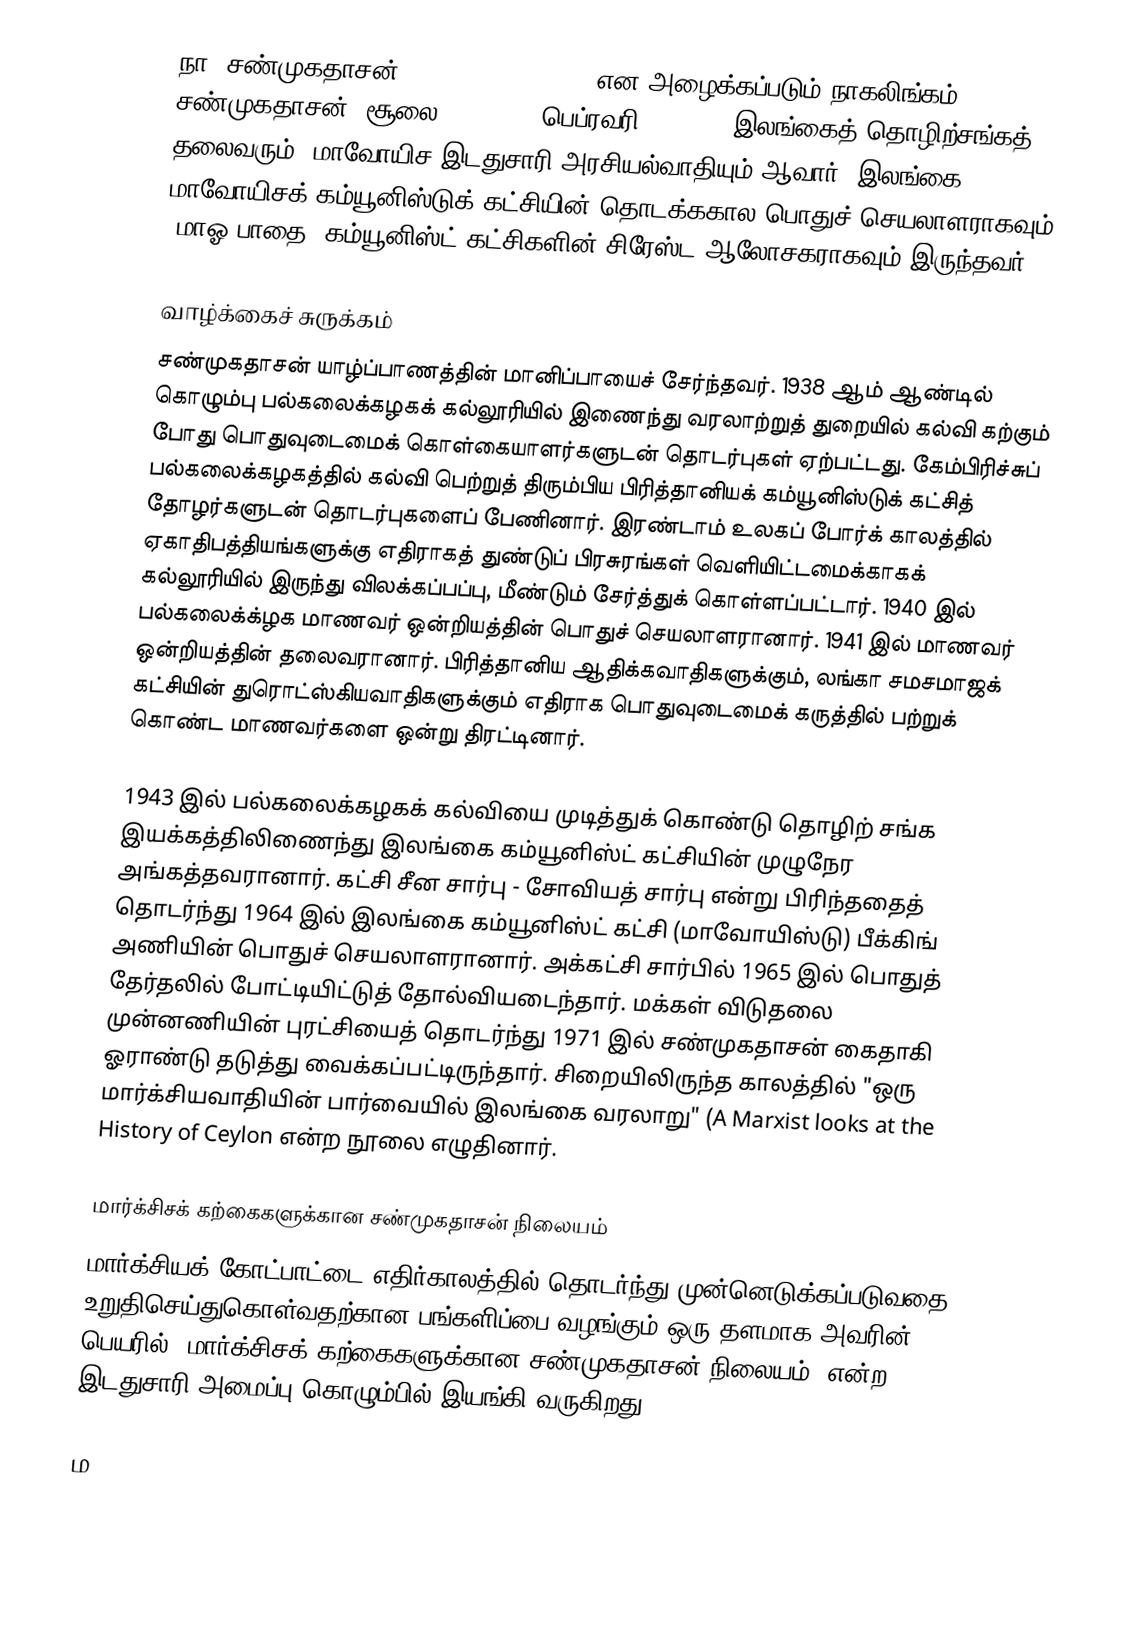
நா. சண்முகதாசன் (N. Shanmugathasan) என அழைக்கப்படும் நாகலிங்கம் சண்முகதாசன் (சூலை 3, 1920 – பெப்ரவரி 8, 1993) இலங்கைத் தொழிற்சங்கத் தலைவரும், மாவோயிச இடதுசாரி அரசியல்வாதியும் ஆவார். இலங்கை மாவோயிசக் கம்யூனிஸ்டுக் கட்சியின் தொடக்ககால பொதுச் செயலாளராகவும், "மாஓ பாதை" கம்யூனிஸ்ட் கட்சிகளின் சிரேஸ்ட ஆலோசகராகவும் இருந்தவர்.

வாழ்க்கைச் சுருக்கம்
சண்முகதாசன் யாழ்ப்பாணத்தின் மானிப்பாயைச் சேர்ந்தவர். 1938 ஆம் ஆண்டில் கொழும்பு பல்கலைக்கழகக் கல்லூரியில் இணைந்து வரலாற்றுத் துறையில் கல்வி கற்கும் போது பொதுவுடைமைக் கொள்கையாளர்களுடன் தொடர்புகள் ஏற்பட்டது. கேம்பிரிச்சுப் பல்கலைக்கழகத்தில் கல்வி பெற்றுத் திரும்பிய பிரித்தானியக் கம்யூனிஸ்டுக் கட்சித் தோழர்களுடன் தொடர்புகளைப் பேணினார். இரண்டாம் உலகப் போர்க் காலத்தில் ஏகாதிபத்தியங்களுக்கு எதிராகத் துண்டுப் பிரசுரங்கள் வெளியிட்டமைக்காகக் கல்லூரியில் இருந்து விலக்கப்பப்பு, மீண்டும் சேர்த்துக் கொள்ளப்பட்டார். 1940 இல் பல்கலைக்க்ழக மாணவர் ஒன்றியத்தின் பொதுச் செயலாளரானார். 1941 இல் மாணவர் ஒன்றியத்தின் தலைவரானார். பிரித்தானிய ஆதிக்கவாதிகளுக்கும், லங்கா சமசமாஜக் கட்சியின் துரொட்ஸ்கியவாதிகளுக்கும் எதிராக பொதுவுடைமைக் கருத்தில் பற்றுக் கொண்ட மாணவர்களை ஒன்று திரட்டினார்.

1943 இல் பல்கலைக்கழகக் கல்வியை முடித்துக் கொண்டு தொழிற் சங்க இயக்கத்திலிணைந்து இலங்கை கம்யூனிஸ்ட் கட்சியின் முழுநேர அங்கத்தவரானார். கட்சி சீன சார்பு - சோவியத் சார்பு என்று பிரிந்ததைத் தொடர்ந்து 1964 இல் இலங்கை கம்யூனிஸ்ட் கட்சி (மாவோயிஸ்டு) பீக்கிங் அணியின் பொதுச் செயலாளரானார். அக்கட்சி சார்பில் 1965 இல் பொதுத் தேர்தலில் போட்டியிட்டுத் தோல்வியடைந்தார். மக்கள் விடுதலை முன்னணியின் புரட்சியைத் தொடர்ந்து 1971 இல் சண்முகதாசன் கைதாகி ஓராண்டு தடுத்து வைக்கப்பட்டிருந்தார். சிறையிலிருந்த காலத்தில் "ஒரு மார்க்சியவாதியின் பார்வையில் இலங்கை வரலாறு" (A Marxist looks at the History of Ceylon என்ற நூலை எழுதினார்.

மார்க்சிசக் கற்கைகளுக்கான சண்முகதாசன் நிலையம்
மார்க்சியக் கோட்பாட்டை எதிர்காலத்தில் தொடர்ந்து முன்னெடுக்கப்படுவதை உறுதிசெய்துகொள்வதற்கான பங்களிப்பை வழங்கும் ஒரு தளமாக அவரின் பெயரில் 'மார்க்சிசக் கற்கைகளுக்கான சண்முகதாசன் நிலையம்' என்ற இடதுசாரி அமைப்பு கொழும்பில் இயங்கி வருகிறது.

ம